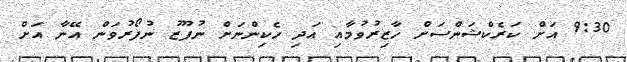
9:30 އަށް ކަރެކްޝަންސަށް ހާޒިރުވުމާއި އަދި ހެކިންނަށް ނުފޫޒު ނުފޯރުވަން އޭނާ އަށް